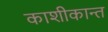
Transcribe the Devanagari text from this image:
काशीकान्त